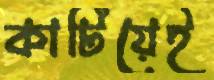
কাটিয়েই